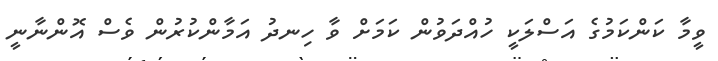
ވީމާ ކަންކަމުގެ އަސްލަކީ ހުއްދަވުން ކަމަށް ވާ ހިނދު އަމާންކުރުން ވެސް އޮންނާނީ